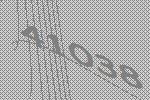
41038